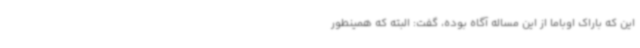
این که باراک اوباما از این مساله آگاه بوده، گفت: البته که همینطور